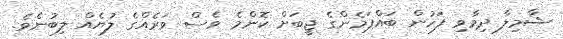
ޝާމިލާ ދިމާވި ފަހުން ބައްޕަމެންގެ ޖީބަށް ކޮންމެ ވެސް ވަރެއްގެ ލުޔެއް ލިބުނެވެ.